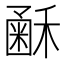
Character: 𥡰